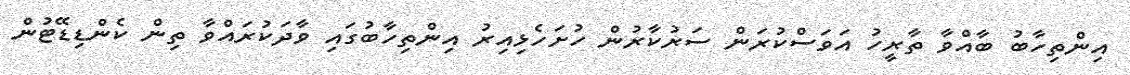
އިންތިހާބު ބާއްވާ ތާރީހު އަވަސްކުރަން ސަރުކާރުން ހުށަހެޅިއިރު އިންތިހާބުގައި ވާދަކުރައްވާ ތިން ކެންޑިޑޭޓުން